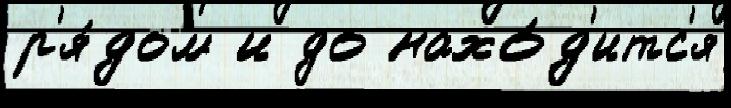
р'я́дом и до нахо́д'итс'я